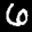
Label: 6